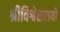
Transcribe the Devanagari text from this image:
श्रीविश्वेशरायो